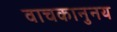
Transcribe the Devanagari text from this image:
वाचकानुनय